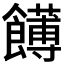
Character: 𩟛